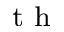
\textsuperscript { t h }